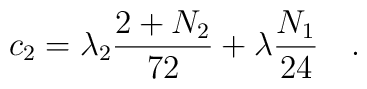
c_2 = \lambda_2 \frac{2+N_2}{72}  + \lambda \frac{N_1}{24}~~~.